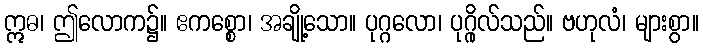
ဣဓ၊ ဤလောက၌။ ဧကစ္စော၊ အချို့သော။ ပုဂ္ဂလော၊ ပုဂ္ဂိုလ်သည်။ ဗဟုလံ၊ များစွာ။